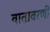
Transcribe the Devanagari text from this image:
वातावरणी